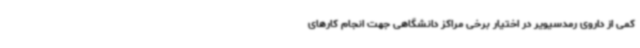
کمی از داروی رمدسیویر در اختیار برخی مراکز دانشگاهی جهت انجام کارهای